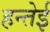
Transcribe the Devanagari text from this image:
हन्तेई